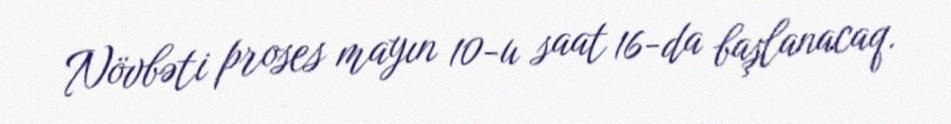
Növbəti proses mayın 10-u saat 16-da başlanacaq.